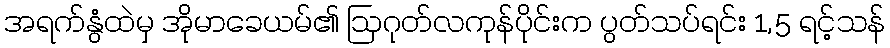
အရက်နွံထဲမှ အိုမာခေယမ်၏ ဩဂုတ်လကုန်ပိုင်းက ပွတ်သပ်ရင်း 1,5 ရင့်သန်